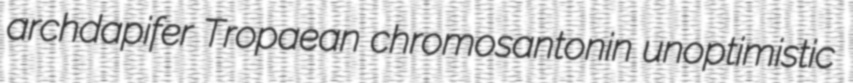
archdapifer Tropaean chromosantonin unoptimistic